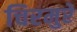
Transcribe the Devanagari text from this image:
चिरमुरे